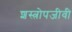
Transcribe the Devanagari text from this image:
शस्त्रोपजीवी